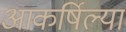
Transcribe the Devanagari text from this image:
आकर्षिल्या